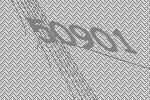
50901